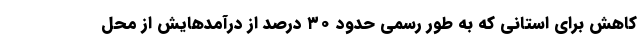
کاهش برای استانی که به طور رسمی حدود ۳۰ درصد از درآمدهایش از محل